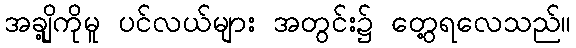
အချို့ကိုမူ ပင်လယ်များ အတွင်း၌ တွေ့ရလေသည်။